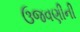
ઉજવણીની